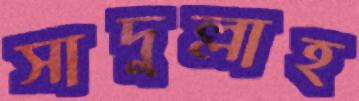
সাদুল্লাহ